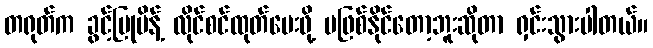
တရုတ်က ခွင့်ပြုမိန့် လိုင်စင်ထုတ်ပေးဖို့ မဖြစ်နိုင်တော့ဘူးဆိုတာ ရှင်းသွားပါတယ်။